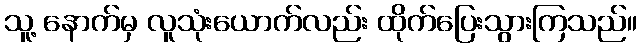
သူ့ နောက်မှ လူသုံးယောက်လည်း ထိုက်ပြေးသွားကြသည်။